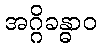
အဂ္ဂိခန္ဓာဝ